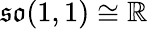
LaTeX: {\mathfrak{so}}(1,1)\cong\mathbb{R}